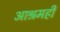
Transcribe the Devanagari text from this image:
आश्रमही